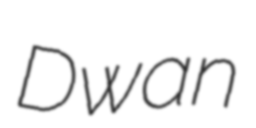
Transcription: Dwan